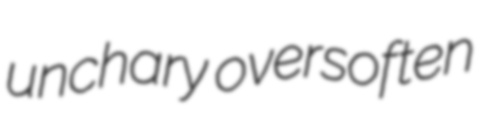
unchary oversoften